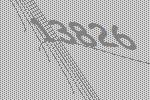
13826